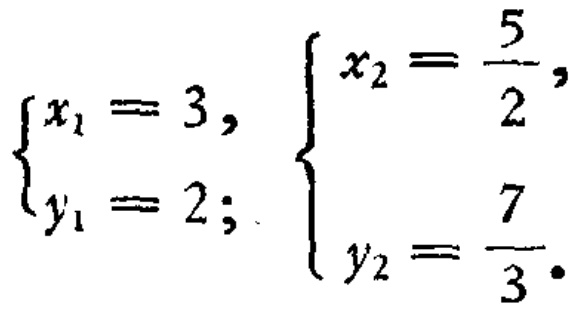
$\begin{cases}x_1 = 3,\\y_1 = 2;\end{cases}\begin{cases}x_2=\dfrac{5}{2},\\y_2=\dfrac{7}{3}.\end{cases}$